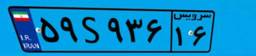
۵۹S۹۳۶۱۶